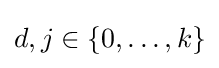
d,j\in \{0,\dots ,k\}